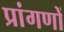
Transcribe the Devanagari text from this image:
प्रांगणों